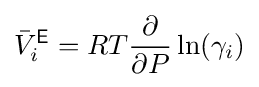
{\bar {V}}_{i}^{\mathsf {E}}=RT{\frac {\partial }{\partial P}}\ln(\gamma _{i})